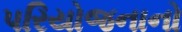
પરિયોજનાનો